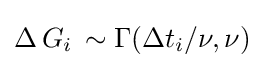
\Delta \,G_{i}\,\sim \Gamma (\Delta t_{i}/\nu ,\nu )